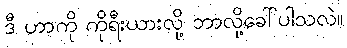
ဒီ ဟာကို ကိုရီးယားလို့ ဘာလို့ခေါ်ပါသလဲ။